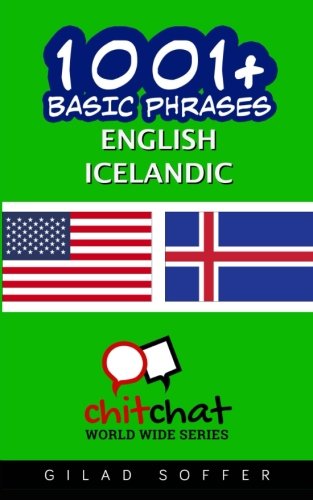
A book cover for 1001+ Basic Phrases English - Icelandic; Gilad Soffer; Travel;